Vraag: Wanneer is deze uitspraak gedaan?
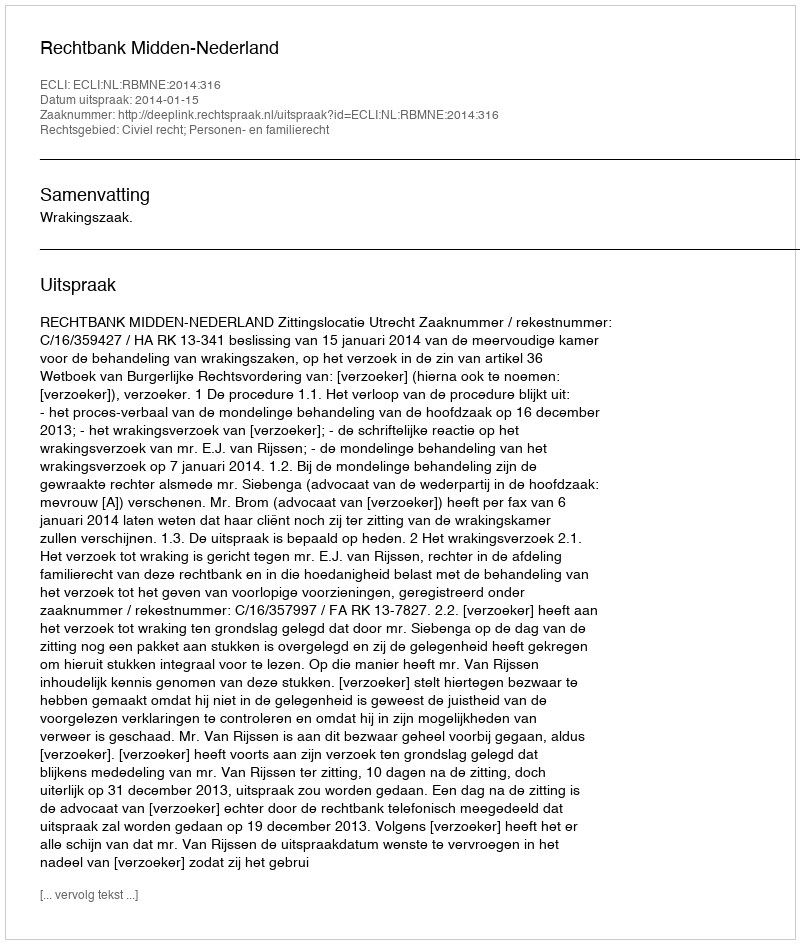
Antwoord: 2014-01-15